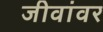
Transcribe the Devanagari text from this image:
जीवांवर